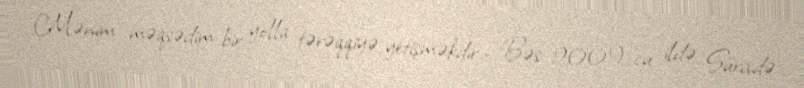
Mənim məqsədim bir yolla tərəqqiyə yetişməkdir.- Bəs 2009-cu ildə Sürixdə